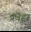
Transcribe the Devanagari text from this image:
प्रवहर